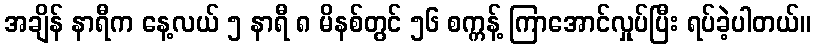
အချိန် နာရီက နေ့လယ် ၅ နာရီ ၈ မိနစ်တွင် ၅၆ စက္ကန့် ကြာအောင်လှုပ်ပြီး ရပ်ခဲ့ပါတယ်။